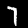
Label: 7